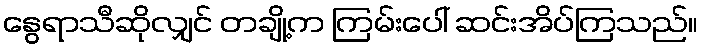
နွေရာသီဆိုလျှင် တချို့က ကြမ်းပေါ် ဆင်းအိပ်ကြသည်။